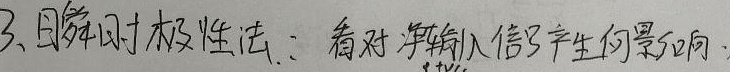
3、瞬时极性法：看对净输入信号产生何影响.